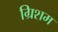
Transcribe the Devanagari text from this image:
ग्रिशम